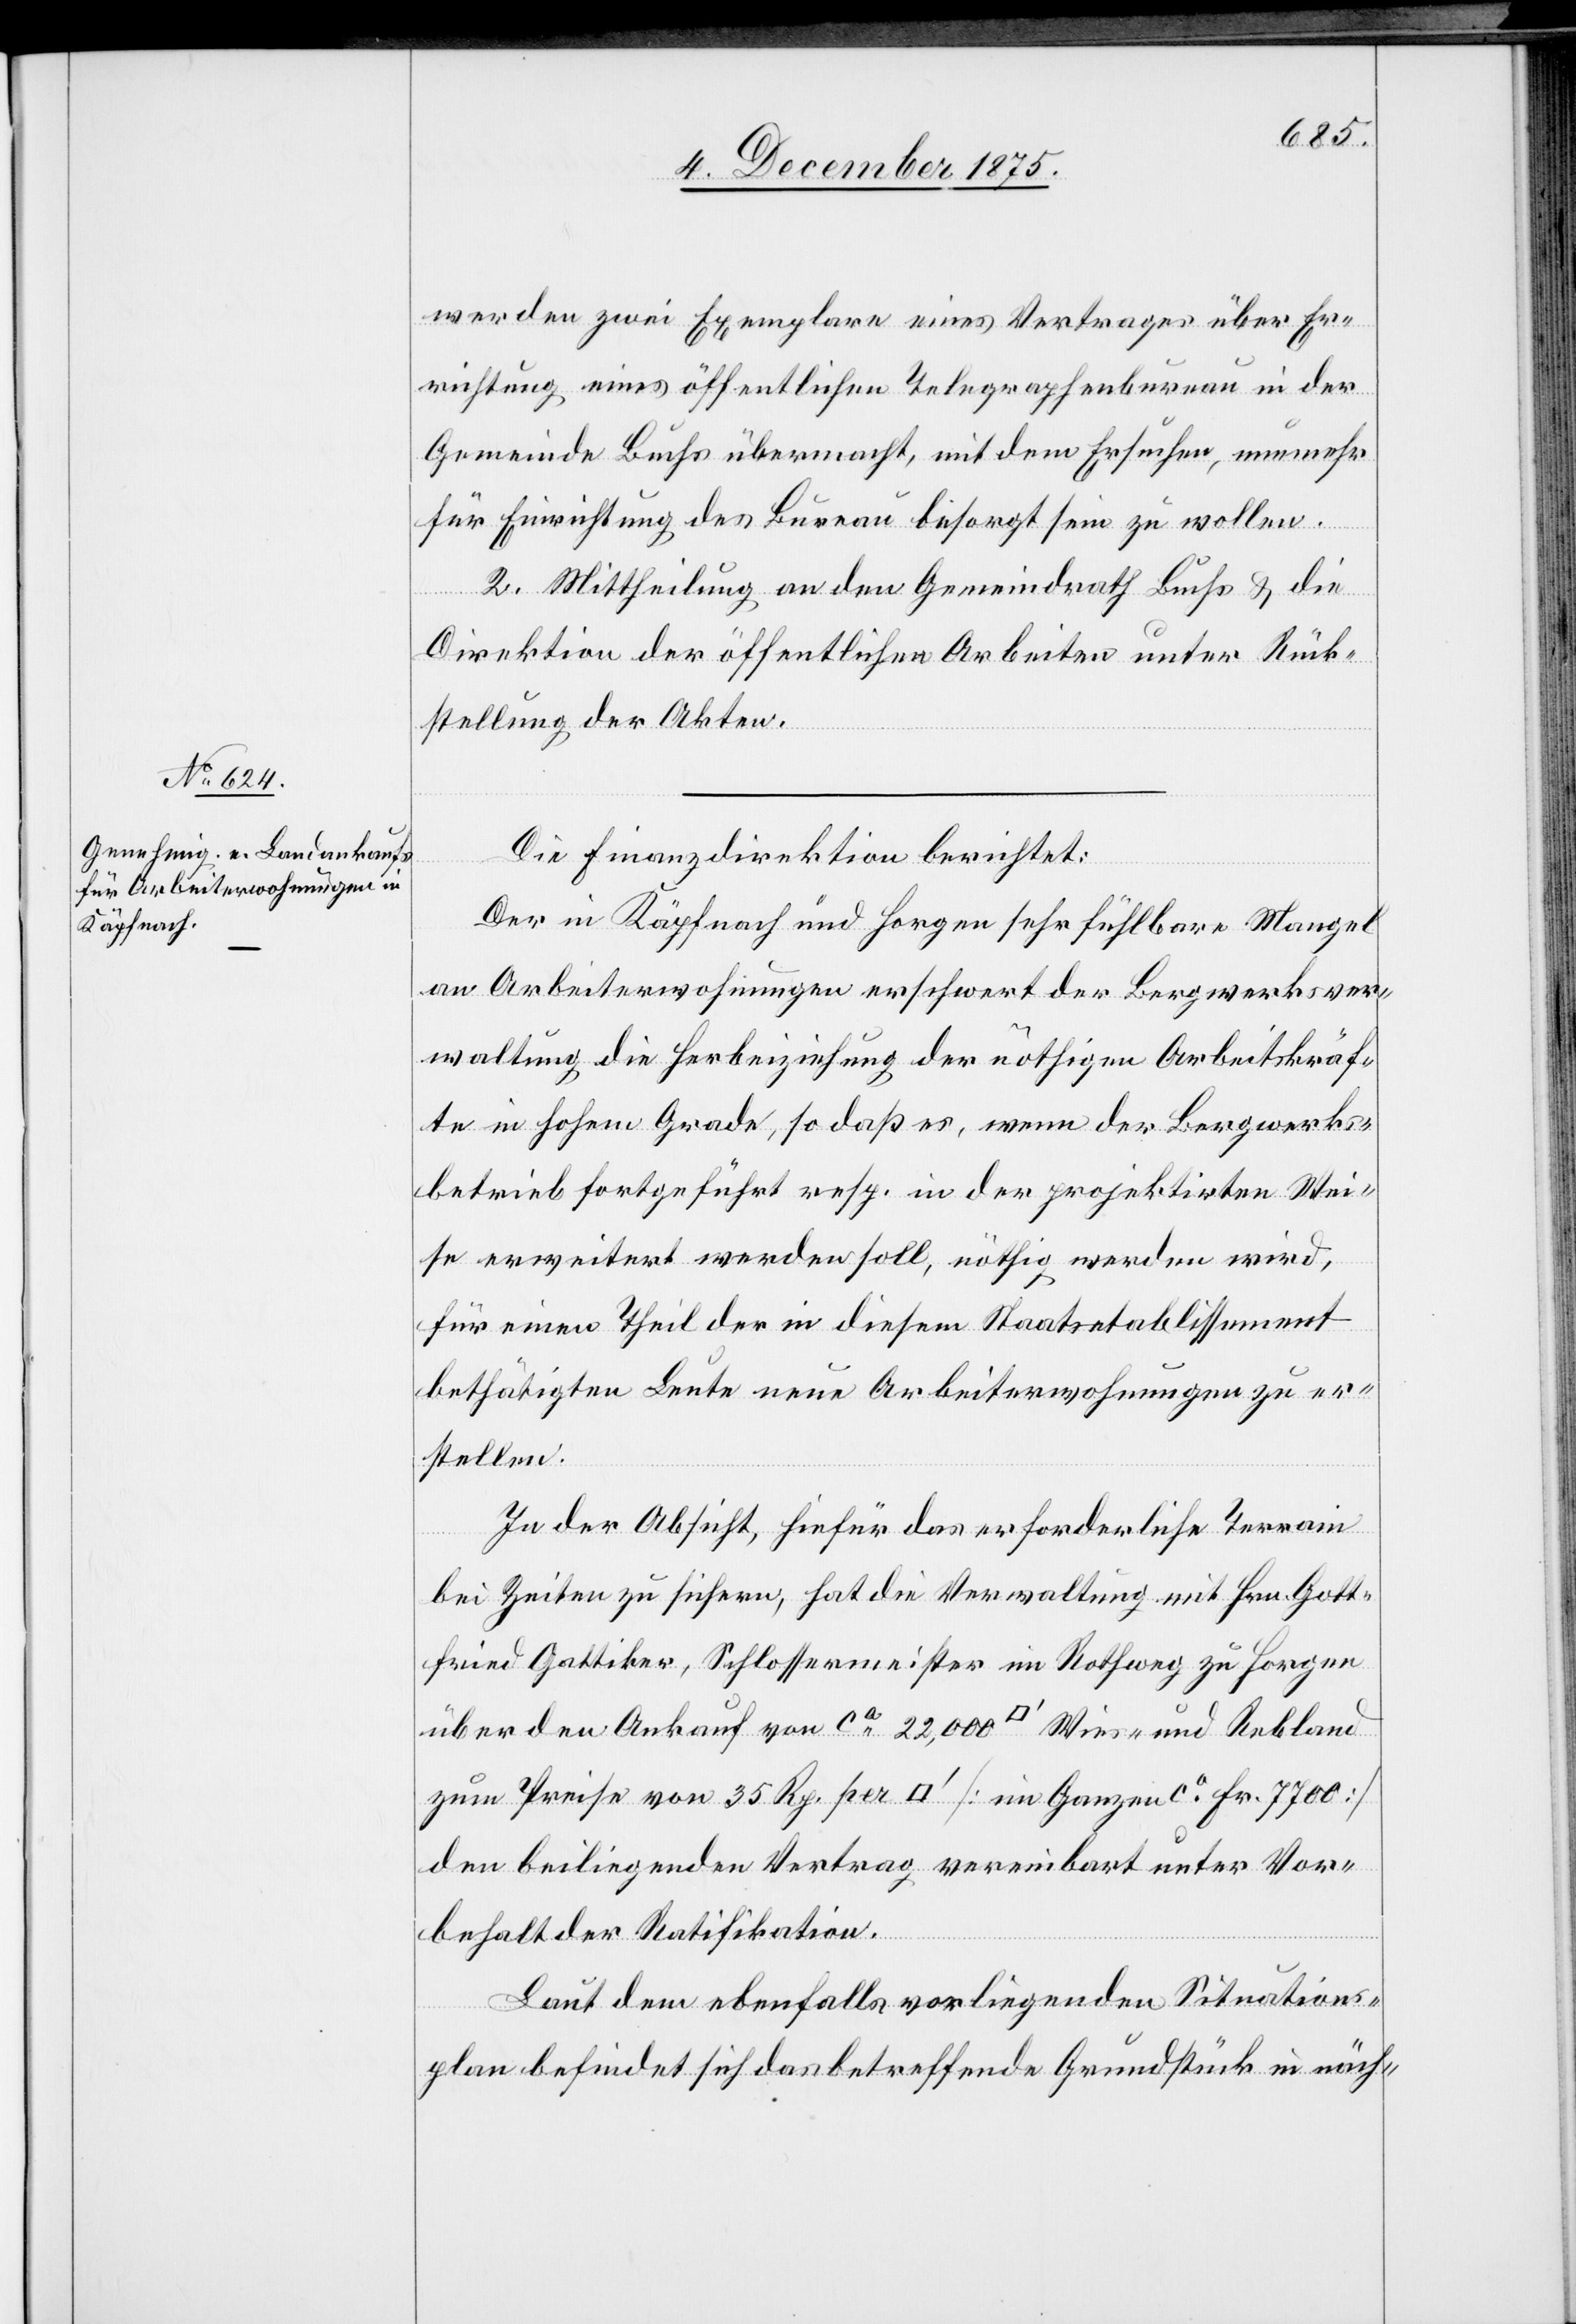
werden zwei Exemplare eines Vertrages über Er¬
richtung eines öffentlichen Telegraphenbureau in der
Gemeinde Buchs übermacht, mit dem Ersuchen, nunmehr
für Einrichtung des Bureau besorgt sein zu wollen.
2. Mittheilung an den Gemeindrath Buchs & die
Direktion der öffentlichen Arbeiten unter Rück¬
stellung der Akten.
Die Finanzdirektion berichtet:
Der in Käpfnach und Horgen sehr fühlbare Mangel
an Arbeiterwohnungen erschwert der Bergwerksver¬
waltung die Herbeiziehung der nöthigen Arbeitskräf¬
te in hohem Grade, so daß es, wenn der Bergwerks¬
betrieb fortgeführt resp. in der projektirten Wei¬
se erweitert werden soll, nöthig werden wird,
für einen Theil der in diesem Staatsetablissement
bethätigten Leute neue Arbeiterwohnungen zu er¬
stellen.
In der Absicht, hiefür das erforderliche Terrain
bei Zeiten zu sichern, hat die Verwaltung mit Hrn. Gott¬
fried Gattiker, Schlossermeister im Rothweg zu Horgen
über den Ankauf von ca 22,000 [Quadratfuß] Wies- und Rebland
zum Preise von 35 Rp. per [Quadratfuß] [im Ganzen ca Fr. 7700]
den beiliegenden Vertrag vereinbart unter Vor¬
behalt der Ratifikation.
Laut dem ebenfalls vorliegenden Situations¬
plan befindet sich das betreffende Grundstück in näch-